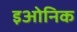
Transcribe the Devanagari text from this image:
इओनिक